Civil Veterinary Dept. North-West Frontier Province 1901-22 - 1901-1922
Year: 1901
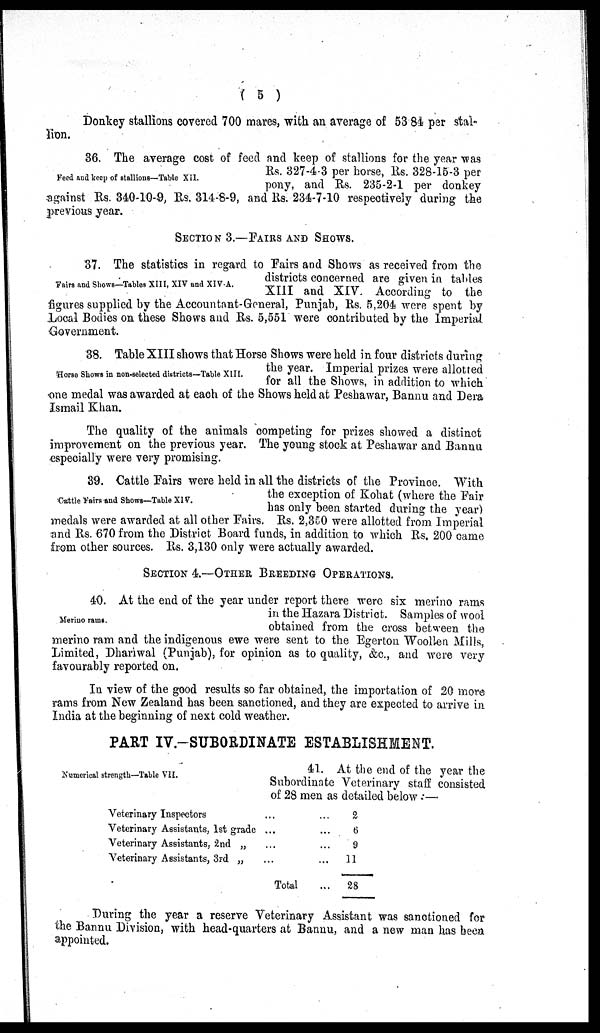
(5)
Donkey stallions covered 700 mares, with an average of 53.84 per stal-
lion.
Feed and keep of stallions—Table XII.
36. The average cost of feed and keep of stallions for the year was
Rs. 327-4-3 per horse, Rs. 328-15-3 per
pony, and Rs. 235-2-1 per donkey
against Rs. 340-10-9, Rs. 314-8-9, and Rs. 234-7-10 respectively during the
previous year.
SECTION 3.—FAIRS AND SHOWS.
Fairs and Shows—Tables XIII, XIV and XIV-A.
37. The statistics in regard to Pairs and Shows as received from the
districts concerned are given in tables
XIII and XIV According to the
figures supplied by the Accountant-General, Punjab, Rs. 5,204 were spent by
Local Bodies on these Shows and Rs. 5,551 were contributed by the Imperial
Government.
Horse Shows in non-selected districts—Table XIII.
38. Table XIII shows that Horse Shows were held in four districts during
the year. Imperial prizes were allotted
for all the Shows, in addition to which
one medal was awarded at each of the Shows held at Peshawar, Bannu and Dera
Ismail Khan.
The quality of the animals competing for prizes showed a distinct
improvement on the previous year. The young stock at Peshawar and Bannu
especially were very promising.
Cattle Fairs and Shows—Table XIV.
39. Cattle Pairs were held in all the districts of the Province. With
the exception of Kohat (where the Pair
has only been started during the year)
medals were awarded at all other Fairs. Rs. 2,350 were allotted from Imperial
and Rs. 670 from the District Board funds, in addition to which Rs. 200 came
from other sources. Rs. 3,130 only were actually awarded.
SECTION 4.–OTHER BREEDING OPERATIONS.
Merino rams.
40. At the end of the year under report there were six merino rams
in the Hazara District. Samples of wool
obtained from the cross between the
merino ram and the indigenous ewe were sent to the Egerton Woollen Mills,
Limited, Dhariwal (Punjab), for opinion as to quality, &c., and were very
favourably reported on.
In view of the good results so far obtained, the importation of 20 more
rams from New Zealand has been sanctioned, and they are expected to arrive in
India at the beginning of next cold weather.
PART IV.—SUBORDINATE ESTABLISHMENT.
Numerical strength—Table VII.
41. At the end of the year the
Subordinate Veterinary staff consisted
of 28 men as detailed below:—
Veterinary Inspectors
Veterinary Assistants, 1st grade
Veterinary Assistants, 2nd „
Veterinary Assistants, 3rd „
...
...
...
...
Total
...
...
...
...
...
2
6
9
11
28
During the year a reserve Veterinary Assistant was sanctioned for
the Bannu Division, with head-quarters at Bannu, and a new man has been
appointed.